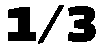
1/3